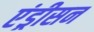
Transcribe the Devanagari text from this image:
एंड्रीसन